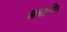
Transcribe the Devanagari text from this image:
आधाारित